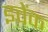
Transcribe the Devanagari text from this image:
इवेंक